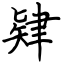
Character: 肄